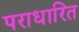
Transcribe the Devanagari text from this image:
पराधारित